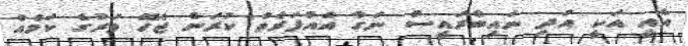
އެއީ އަކީ އަދި ނައިބްރައީސް ނަގާ އެއްފަރާތް ކުރަން ޖެހޭ ވަރުގެ ކަމެއް